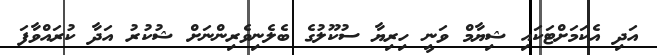
އަދި އެކަމަށްޓަކައި ޝިޔާމް ވަނީ ހިރިޔާ ސުކޫލުގެ ބެލެނިވެރިންނަށް ޝުކުރު އަދާ ކުރައްވާފަ